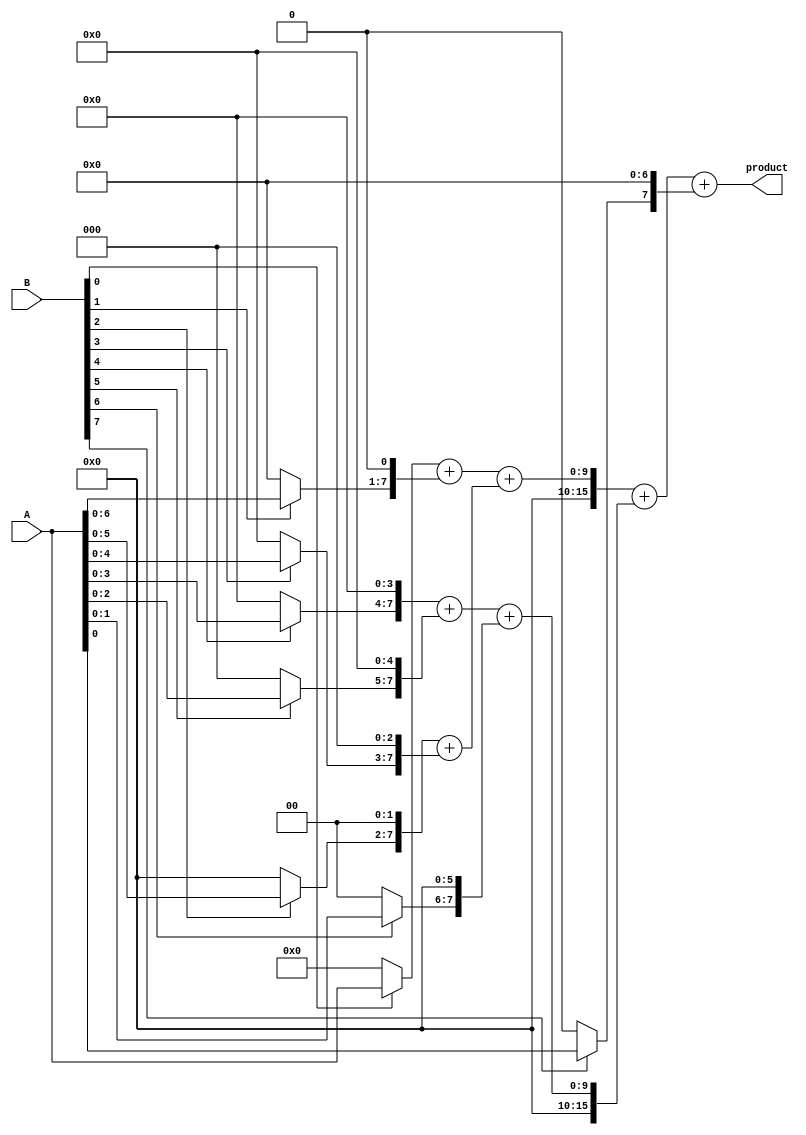
module wallace_tree_multiplier #(parameter A_WIDTH = 8, parameter B_WIDTH = 8) (
    input [A_WIDTH-1:0] A,
    input [B_WIDTH-1:0] B,
    output reg [A_WIDTH + B_WIDTH - 1:0] product
);
    // Intermediate wires for partial products
    wire [A_WIDTH-1:0] pp[B_WIDTH-1:0]; // Partial products
    wire [A_WIDTH + B_WIDTH - 1:0] sum[2:0]; // Sums for Wallace tree levels
    wire [A_WIDTH + B_WIDTH - 1:0] final_sum; // Final sum

    // Generate Partial Products
    genvar i;
    generate
        for (i = 0; i < B_WIDTH; i = i + 1) begin : pp_gen
            assign pp[i] = (B[i] ? A : 0) << i; // Shift A based on B's bits
        end
    endgenerate

    // Wallace Tree Reduction
    // Stage 1: Grouping and Summing
    wire [A_WIDTH + B_WIDTH - 1:0] w1[0:2]; // Intermediate wires for Wallace tree levels
    wire [A_WIDTH + B_WIDTH - 1:0] w2[0:2];

    // Initial sums and carries
    assign w1[0] = pp[0] + pp[1];
    assign w1[1] = pp[2] + pp[3];
    assign w1[2] = pp[4] + pp[5];

    // Combine results from previous stage
    assign w2[0] = w1[0] + w1[1];
    assign w2[1] = w1[2] + pp[6];

    // Final addition
    assign final_sum = w2[0] + w2[1] + pp[7];

    // Output the product
    always @(*) begin
        product = final_sum;
    end
endmodule